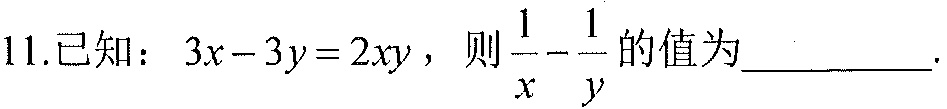
11.已知：\(3x - 3y = 2xy\)，则\(\frac{1}{x}-\frac{1}{y}\)的值为__________.